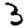
Digit: 3